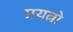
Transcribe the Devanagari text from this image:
प्रयत्नो